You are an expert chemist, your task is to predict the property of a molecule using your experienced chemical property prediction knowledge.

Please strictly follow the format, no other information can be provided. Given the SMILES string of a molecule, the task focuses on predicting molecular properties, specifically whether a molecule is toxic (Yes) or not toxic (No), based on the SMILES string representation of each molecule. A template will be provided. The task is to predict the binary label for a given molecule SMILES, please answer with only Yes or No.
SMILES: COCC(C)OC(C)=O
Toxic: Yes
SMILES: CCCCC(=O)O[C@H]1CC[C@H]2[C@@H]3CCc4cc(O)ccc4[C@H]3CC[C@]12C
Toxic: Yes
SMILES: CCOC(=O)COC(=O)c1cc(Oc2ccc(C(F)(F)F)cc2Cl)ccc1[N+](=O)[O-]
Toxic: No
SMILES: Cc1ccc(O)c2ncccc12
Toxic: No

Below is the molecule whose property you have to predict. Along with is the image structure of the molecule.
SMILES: NCCCC[C@H](NC(=O)[C@@H]1CCCN1C(=O)[C@@H]1CSSC[C@H](NC(=O)CNC(=O)CNC(=O)CN)C(=O)N[C@@H](Cc2ccc(O)cc2)C(=O)N[C@@H](Cc2ccccc2)C(=O)N[C@@H](CCC(N)=O)C(=O)N[C@@H](CC(N)=O)C(=O)N1)C(=O)NCC(N)=O
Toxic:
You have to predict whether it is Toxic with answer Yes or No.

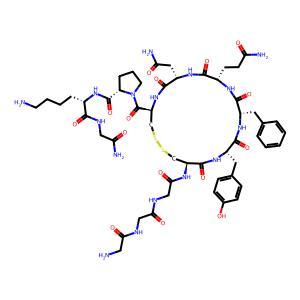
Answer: No